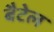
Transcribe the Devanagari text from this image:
बैटेल